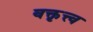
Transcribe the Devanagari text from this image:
वक्तृत्त्व